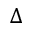
\Delta